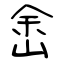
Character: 峹